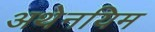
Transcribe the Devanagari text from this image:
अथेनयिम